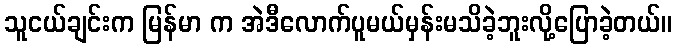
သူငယ်ချင်းက မြန်မာ က အဲဒီလောက်ပူမယ်မှန်းမသိခဲ့ဘူးလို့ပြောခဲ့တယ်။